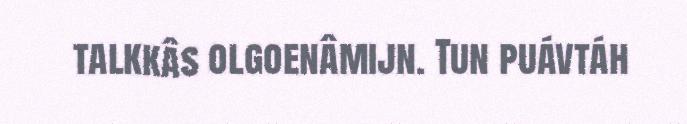
talkkâs olgoenâmijn. Tun puávtáh